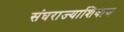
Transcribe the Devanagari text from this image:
संघराज्याशिवाय